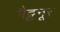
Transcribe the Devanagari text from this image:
मैट्टनूर